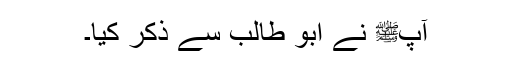
آپﷺ نے ابو طالب سے ذکر کیا۔